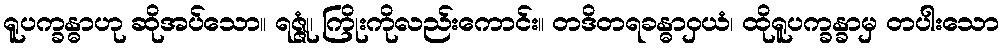
ရူပက္ခန္ဓာဟု ဆိုအပ်သော။ ရဇ္ဇုံ၊ ကြိုးကိုလည်းကောင်း။ တဒိတရခန္ဓာဝှယံ၊ ထိုရူပက္ခန္ခာမှ တပါးသော